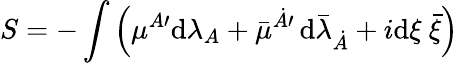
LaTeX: S=-\int\left({\mu}{}^{A\prime}\mathrm{d}\lambda_{A}+\bar{{\mu}}{}^{\dot{{A}}\prime}\, \mathrm{d}{\bar{{\lambda}}}_{\dot{{A}}}+i\mathrm{d}{\xi}~\bar{{\xi}}\right)